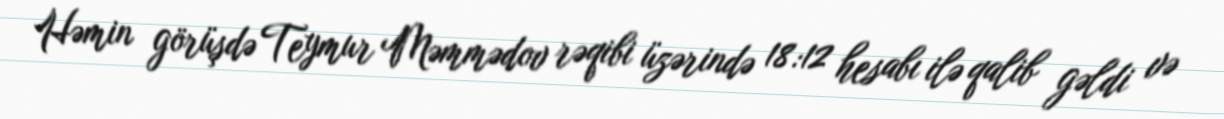
Həmin görüşdə Teymur Məmmədov rəqibi üzərində 18:12 hesabı ilə qalib gəldi və